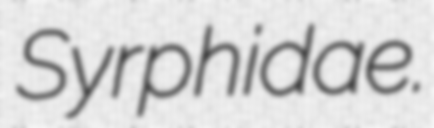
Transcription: Syrphidae.